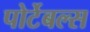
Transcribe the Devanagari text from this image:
पोर्टेबल्स